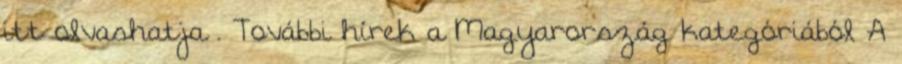
itt olvashatja . További hírek a Magyarország kategóriából A